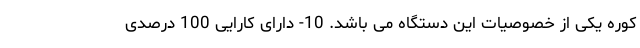
کوره یکی از خصوصیات این دستگاه می باشد. 10- دارای کارایی 100 درصدی